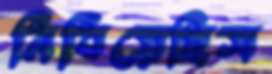
নিবিয়েছিস